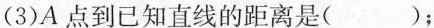
(3)A点到已知直线的距离是( )；